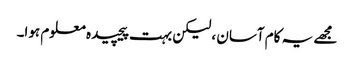
مجھے یہ کام آسان ، لیکن بہت پیچیدہ معلوم ہوا۔